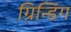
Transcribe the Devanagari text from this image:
ग्रिन्डिंग